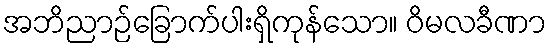
အဘိညာဉ်ခြောက်ပါးရှိကုန်သော။ ဝိမလခီဏာ